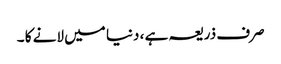
صرف ذریعہ ہے ، دنیا میں لانے کا ۔